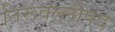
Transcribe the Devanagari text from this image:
तिरूवल्लीपद